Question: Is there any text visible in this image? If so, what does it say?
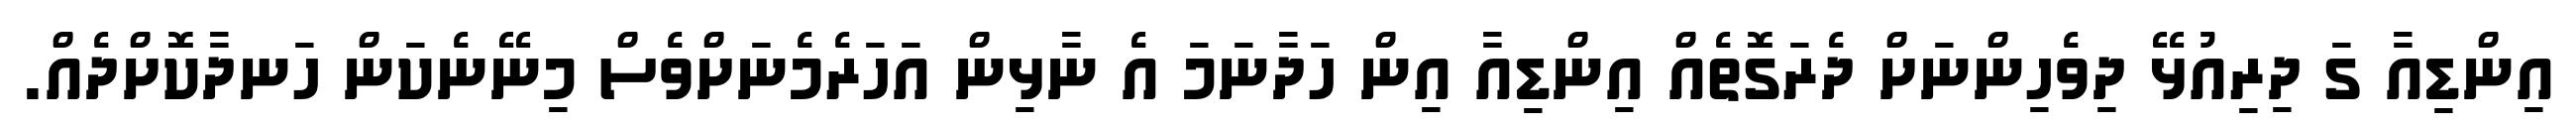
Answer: އިންޑިއާ ގަ ދިރިއުޅޭ ދިވެހިންނަށް ދެރަގޮތެއް އިންޑިއާ އިން ހަދާނަމަ އެ ނާޅިން އަހަރެމެނަށްވެސް މިނޭނެކަން ހަނދާކޮށްދެއް.